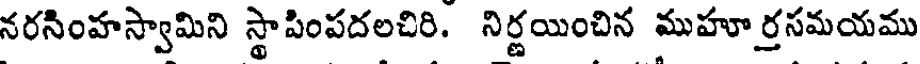
నరసింహస్వామిని స్థాపింపదలచిరి. నిర్ణయించిన ముహూర్రసమయము